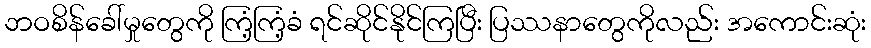
ဘဝစိန်ခေါ်မှုတွေကို ကြံ့ကြံ့ခံ ရင်ဆိုင်နိုင်ကြပြီး ပြဿနာတွေကိုလည်း အကောင်းဆုံး